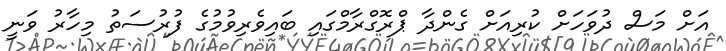
އަށް މަސް ދުވަހަށް ކުރިއަށް ގެންދާ ޕްރޮގްރާމްގައި ބައިވެރިވުމުގެ ފުރުސަތު މިހާރު ވަނީ